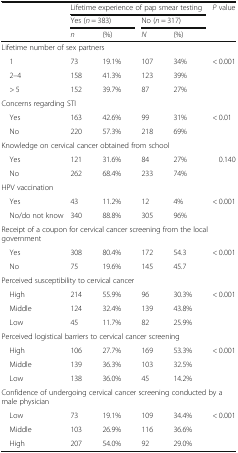
<table><thead><tr><td rowspan="3"></td><td colspan="4"><b>Lifetime experience of pap smear testing</b></td><td rowspan="3"><b><i>P</i> value</b></td></tr><tr><td colspan="2"><b>Yes (<i>n</i> = 383)</b></td><td colspan="2"><b>No (<i>n</i> = 317)</b></td></tr><tr><td><b><i>n</i></b></td><td><b>(%)</b></td><td><b><i>N</i></b></td><td><b>(%)</b></td></tr></thead><tbody><tr><td colspan="6">Lifetime number of sex partners</td></tr><tr><td> 1</td><td>73</td><td>19.1%</td><td>107</td><td>34%</td><td>&lt; 0.001</td></tr><tr><td> 2–4</td><td>158</td><td>41.3%</td><td>123</td><td>39%</td><td></td></tr><tr><td> &gt; 5</td><td>152</td><td>39.7%</td><td>87</td><td>27%</td><td></td></tr><tr><td colspan="6">Concerns regarding STI</td></tr><tr><td> Yes</td><td>163</td><td>42.6%</td><td>99</td><td>31%</td><td>&lt; 0.01</td></tr><tr><td> No</td><td>220</td><td>57.3%</td><td>218</td><td>69%</td><td></td></tr><tr><td colspan="6">Knowledge on cervical cancer obtained from school</td></tr><tr><td> Yes</td><td>121</td><td>31.6%</td><td>84</td><td>27%</td><td>0.140</td></tr><tr><td> No</td><td>262</td><td>68.4%</td><td>233</td><td>74%</td><td></td></tr><tr><td colspan="6">HPV vaccination</td></tr><tr><td> Yes</td><td>43</td><td>11.2%</td><td>12</td><td>4%</td><td>&lt; 0.001</td></tr><tr><td> No/do not know</td><td>340</td><td>88.8%</td><td>305</td><td>96%</td><td></td></tr><tr><td colspan="6">Receipt of a coupon for cervical cancer screening from the local government</td></tr><tr><td> Yes</td><td>308</td><td>80.4%</td><td>172</td><td>54.3</td><td>&lt; 0.001</td></tr><tr><td> No</td><td>75</td><td>19.6%</td><td>145</td><td>45.7</td><td></td></tr><tr><td colspan="6">Perceived susceptibility to cervical cancer</td></tr><tr><td> High</td><td>214</td><td>55.9%</td><td>96</td><td>30.3%</td><td>&lt; 0.001</td></tr><tr><td> Middle</td><td>124</td><td>32.4%</td><td>139</td><td>43.8%</td><td></td></tr><tr><td> Low</td><td>45</td><td>11.7%</td><td>82</td><td>25.9%</td><td></td></tr><tr><td colspan="6">Perceived logistical barriers to cervical cancer screening</td></tr><tr><td> High</td><td>106</td><td>27.7%</td><td>169</td><td>53.3%</td><td>&lt; 0.001</td></tr><tr><td> Middle</td><td>139</td><td>36.3%</td><td>103</td><td>32.5%</td><td></td></tr><tr><td> Low</td><td>138</td><td>36.0%</td><td>45</td><td>14.2%</td><td></td></tr><tr><td colspan="6">Confidence of undergoing cervical cancer screening conducted by a male physician</td></tr><tr><td> Low</td><td>73</td><td>19.1%</td><td>109</td><td>34.4%</td><td>&lt; 0.001</td></tr><tr><td> Middle</td><td>103</td><td>26.9%</td><td>116</td><td>36.6%</td><td></td></tr><tr><td> High</td><td>207</td><td>54.0%</td><td>92</td><td>29.0%</td><td></td></tr></tbody></table>